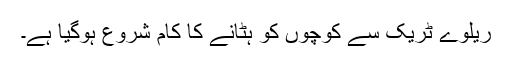
ریلوے ٹریک سے کوچوں کو ہٹانے کا کام شروع ہوگیا ہے۔